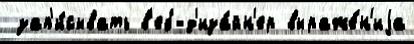
 зап'и́сывать в'еб-д'иза́йн'ер выраже́н'иjа